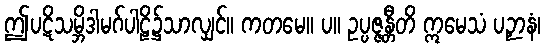
ဤပဋိသမ္ဘိဒါမဂ်ပါဠိ၌သာလျှင်။ ကတမေ။ ပ။ ဥပ္ပဇ္ဇန္တီတိ ဣမေသံ ပဉှာနံ၊